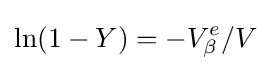
\ln(1-Y)=-V_{\beta }^{e}/V